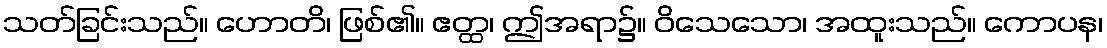
သတ်ခြင်းသည်။ ဟောတိ၊ ဖြစ်၏။ ဧတ္ထ၊ ဤအရာ၌။ ဝိသေသော၊ အထူးသည်။ ကောပန၊